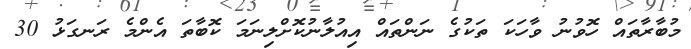
މުބާރާތައް ހޮވުނު ވާހަކަ ތަކުގެ ނަންތައް އިއުލާނުކޮށްލިނަމަ ކޮބާތަ އެންމެ ރަނގަޅު 30